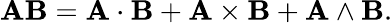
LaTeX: \mathbf{A}\mathbf{B}=\mathbf{A}\cdot\mathbf{B}+\mathbf{A}\times\mathbf{B}+\mathbf{A}\wedge\mathbf{B}.